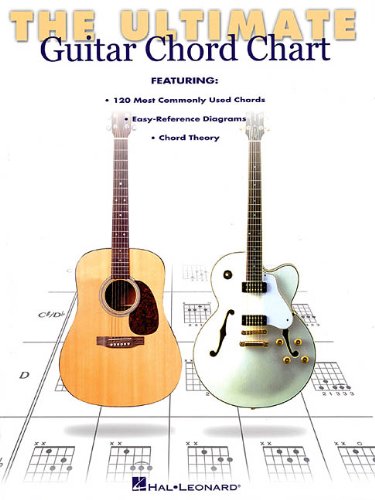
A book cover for The Ultimate Guitar Chord Chart; Arts & Photography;